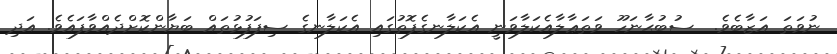
ނުވަތަ އަޒާބެވެ.  ސުބުޙާނަހޫ ވަތަޢާލާއެކަލާވަނީ އެކަލާނގެފޮތުގައި އެކަލާނގެ ސިފަފުޅުތައް ބަޔާންކޮށްދެއްވާފައެވެ. އަދި